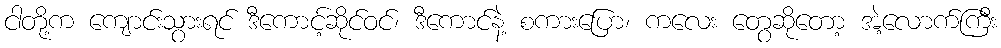
ငါတို့က ကျောင်းသွားရင် ဒီကောင့်ဆိုင်ဝင်၊ ဒီကောင်နဲ့ စကားပြော၊ ကလေး တွေဆိုတော့ အဲ့လောက်ကြီး